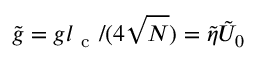
\tilde { g } = g l _ { \mathrm { ~ c ~ } } / ( 4 \sqrt { N } ) = \tilde { \eta } \tilde { U } _ { 0 }